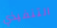
التنفيذي